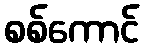
စစ်ကောင်